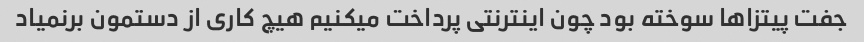
جفت پیتزا‌ها سوخته بود چون اینترنتی پرداخت میکنیم هیچ کاری از دستمون برنمیاد